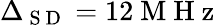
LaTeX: \Delta_{\mathrm{~S~D~}}=12\mathrm{~M~H~z~}